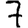
Digit: 7